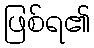
ဖြစ်ရ၏